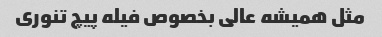
مثل همیشه عالی بخصوص فیله پیچ تنوری